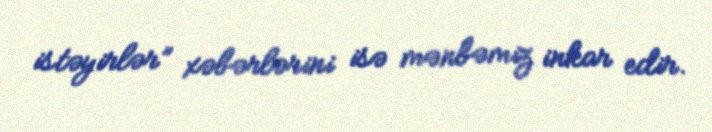
istəyirlər” xəbərlərini isə mənbəmiz inkar edir.